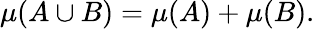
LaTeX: \mu(A\cup B)=\mu(A)+\mu(B).